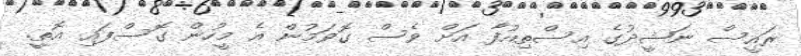
ރައީސް ނަޝީދުގެ އިސްތިއުފާ އަށް ވެސް ގޮވަމުން އެ މީހުން ގޮސްފައި އޮތީ.